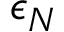
\epsilon _ { N }